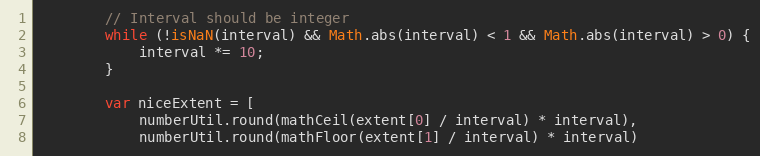
Language: JavaScript
        // Interval should be integer
        while (!isNaN(interval) && Math.abs(interval) < 1 && Math.abs(interval) > 0) {
            interval *= 10;
        }

        var niceExtent = [
            numberUtil.round(mathCeil(extent[0] / interval) * interval),
            numberUtil.round(mathFloor(extent[1] / interval) * interval)